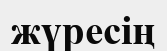
жүресің